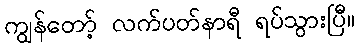
ကျွန်တော့် လက်ပတ်နာရီ ရပ်သွားပြီ။